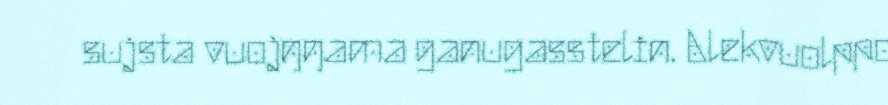
sujsta vuojŋŋama ganugasstelin. Alekvuolppo